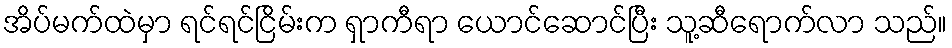
အိပ်မက်ထဲမှာ ရင်ရင်ငြိမ်းက ရှာကီရာ ယောင်ဆောင်ပြီး သူ့ဆီရောက်လာ သည်။